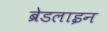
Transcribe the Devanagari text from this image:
ब्रेडलाइन